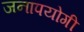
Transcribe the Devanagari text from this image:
जनापयोगी